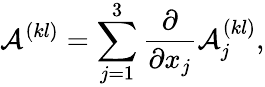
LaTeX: \mathcal{A}^{(kl)}=\sum_{j=1}^{3}\frac{\partial}{\partial x_{j}}\mathcal{A}_{j}^{(kl)},